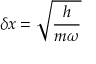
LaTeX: \delta x = { \sqrt { \frac { h } { m \omega } } }